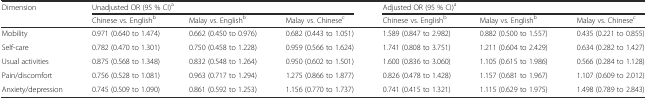
<table><thead><tr><td rowspan="2"><b>Dimension</b></td><td colspan="3"><b>Unadjusted OR (95 % CI)<sup>a</sup></b></td><td colspan="3"><b>Adjusted OR (95 % CI)<sup>a</sup></b></td></tr><tr><td><b>Chinese vs. English<sup>b</sup></b></td><td><b>Malay vs. English<sup>b</sup></b></td><td><b>Malay vs. Chinese<sup>c</sup></b></td><td><b>Chinese vs. English<sup>b</sup></b></td><td><b>Malay vs. English<sup>b</sup></b></td><td><b>Malay vs. Chinese<sup>c</sup></b></td></tr></thead><tbody><tr><td>Mobility</td><td>0.971 (0.640 to 1.474)</td><td>0.662 (0.450 to 0.976)</td><td>0.682 (0.443 to 1.051)</td><td>1.589 (0.847 to 2.982)</td><td>0.882 (0.500 to 1.557)</td><td>0.435 (0.221 to 0.855)</td></tr><tr><td>Self-care</td><td>0.782 (0.470 to 1.301)</td><td>0.750 (0.458 to 1.228)</td><td>0.959 (0.566 to 1.624)</td><td>1.741 (0.808 to 3.751)</td><td>1.211 (0.604 to 2.429)</td><td>0.634 (0.282 to 1.427)</td></tr><tr><td>Usual activities</td><td>0.875 (0.568 to 1.348)</td><td>0.832 (0.548 to 1.264)</td><td>0.950 (0.602 to 1.501)</td><td>1.600 (0.836 to 3.060)</td><td>1.105 (0.615 to 1.986)</td><td>0.566 (0.284 to 1.128)</td></tr><tr><td>Pain/discomfort</td><td>0.756 (0.528 to 1.081)</td><td>0.963 (0.717 to 1.294)</td><td>1.275 (0.866 to 1.877)</td><td>0.826 (0.478 to 1.428)</td><td>1.157 (0.681 to 1.967)</td><td>1.107 (0.609 to 2.012)</td></tr><tr><td>Anxiety/depression</td><td>0.745 (0.509 to 1.090)</td><td>0.861 (0.592 to 1.253)</td><td>1.156 (0.770 to 1.737)</td><td>0.741 (0.415 to 1.321)</td><td>1.115 (0.629 to 1.975)</td><td>1.498 (0.789 to 2.843)</td></tr></tbody></table>